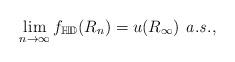
LaTeX: \begin{align*} \lim_{n\to\infty}f_{\mathbb{HD}}(R_n)=u(R_{\infty})\ {\it a.s.}, \end{align*}